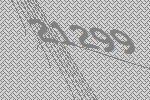
21299